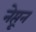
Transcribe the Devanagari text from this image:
नेप्तून